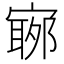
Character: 𡪬